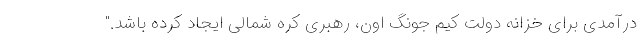
درآمدی برای خزانه دولت کیم جونگ اون، رهبری کره شمالی ایجاد کرده باشد."